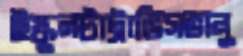
ইস্কুলটাট্রাভিসভানু